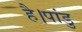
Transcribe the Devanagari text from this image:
है।पांडु